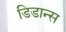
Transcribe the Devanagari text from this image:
डिडान्स